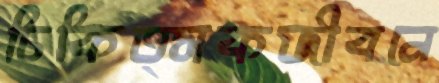
চিকিত্সকজীবনে